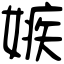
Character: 嫉